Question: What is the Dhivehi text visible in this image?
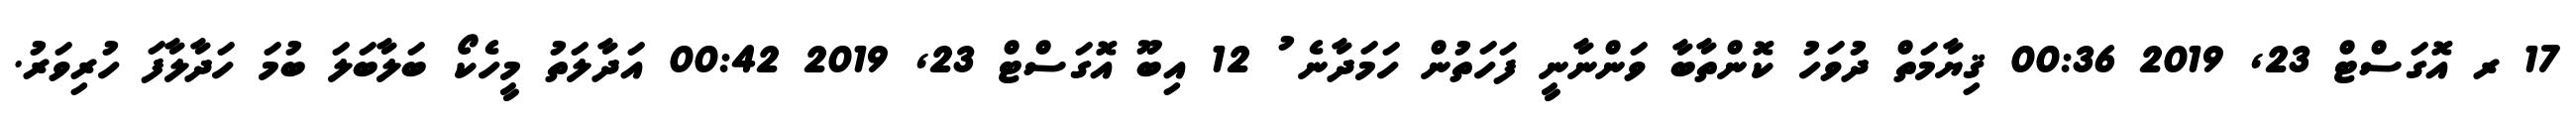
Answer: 17 ރ އޮގަސްޓް 23, 2019 00:36 ޤިޔާމަތް ދުވަހު ކޮންތާބާ ވަންނާނީ ފަހަތުން ހަމަދާނެ ު 12 އިބޫ އޮގަސްޓް 23, 2019 00:42 އަދާލަތު މީހެކޯ ބަލާބަލަ ބުމަ ހަދާލާފަ ހުރިވަރު.